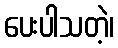
ပေးပါသတဲ့၊